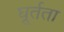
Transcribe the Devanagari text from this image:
घूर्तता